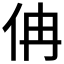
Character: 𠇦